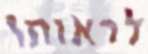
לראותו